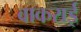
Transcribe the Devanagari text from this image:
वाकराई